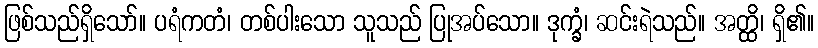
ဖြစ်သည်ရှိသော်။ ပရံကတံ၊ တစ်ပါးသော သူသည် ပြုအပ်သော။ ဒုက္ခံ၊ ဆင်းရဲသည်။ အတ္ထိ၊ ရှိ၏။